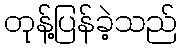
တုန့်ပြန်ခဲ့သည်